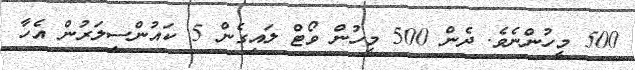
500 މީހުންނެވެ. ދެން 500 މީހުން ވޯޓް ލައިގެން 5 ކައުންސިލަރުން އެހާ